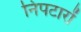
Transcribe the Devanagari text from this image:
निपटारों